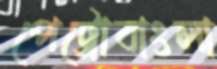
পেট্রোবাংলা